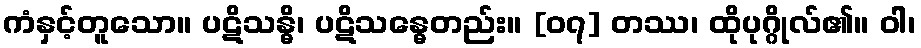
ကံနှင့်တူသော။ ပဋိသန္ဓိ၊ ပဋိသန္ဓေတည်း။ [၀၇] တဿ၊ ထိုပုဂ္ဂိုလ်၏။ ဝါ၊